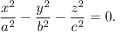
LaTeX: { \frac { x ^ { 2 } } { a ^ { 2 } } } - { \frac { y ^ { 2 } } { b ^ { 2 } } } - { \frac { z ^ { 2 } } { c ^ { 2 } } } = 0 .